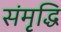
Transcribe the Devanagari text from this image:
संमृृद्धि